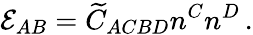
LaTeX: {\cal E}_{AB}=\widetilde{C}_{ACBD}n^{C}n^{D}\, .